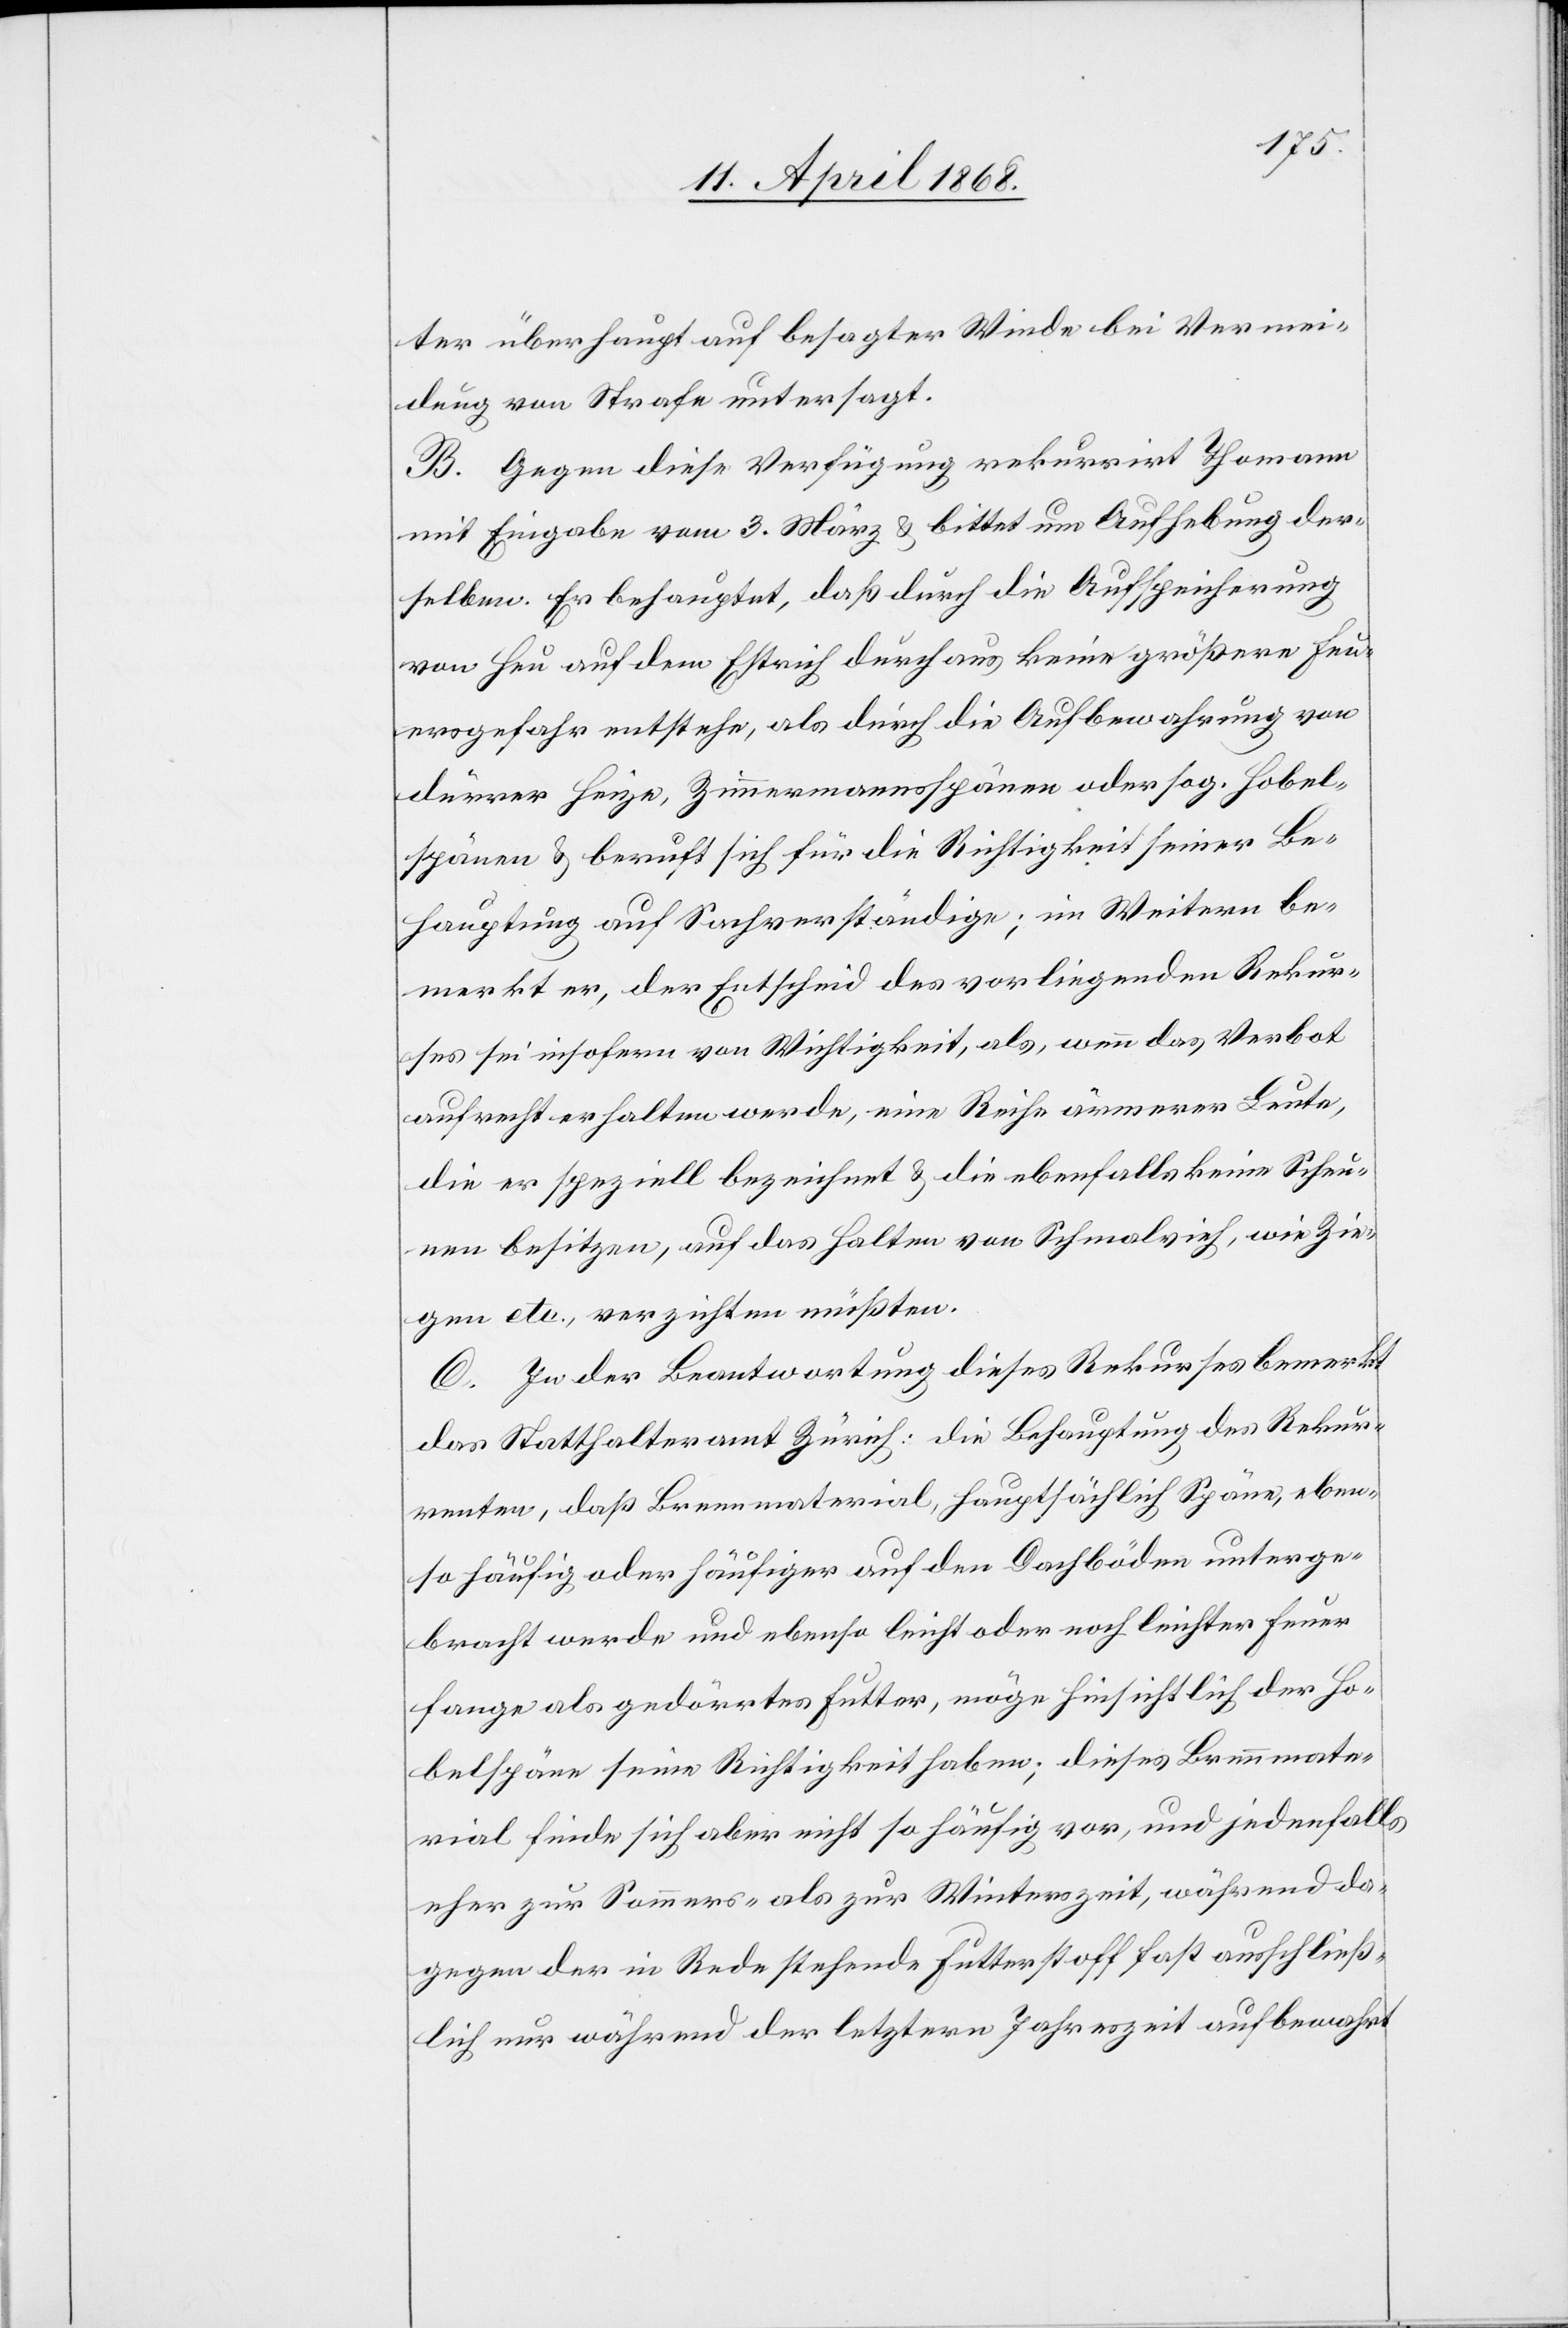
ter überhaupt auf besagter Winde bei Vermei¬
dung von Strafe untersagt.
B. Gegen diese Verfügung rekurrirt Thomann
mit Eingabe vom 3. März & bittet um Aufhebung der¬
selben. Er behauptet, daß durch die Aufspeicherung
von Heu auf dem Estrich durchaus keine größere Feu¬
ersgefahr entstehe, als durch die Aufbewahrung von
dürrer Heize, Zimmermannsspänen oder sog. Hobel¬
spänen & beruft sich für die Richtigkeit seiner Be¬
hauptung auf Sachverständige; im Weitern be¬
merkt er, der Entscheid des vorliegenden Rekur¬
ses sei insofern von Wichtigkeit, als, wenn das Verbot
aufrecht erhalten werde, eine Reihe ärmerer Leute,
die er speziell bezeichnet & die ebenfalls keine Scheu¬
nen besitzen, auf das Halten von Schmalvieh, wie Zie¬
gen etc., verzichten müßten.
C. In der Beantwortung dieses Rekurses bemerkt
das Statthalteramt Zürich: die Behauptung des Rekur¬
renten, daß Brennmaterial, hauptsächlich Späne, eben¬
so häufig oder häufiger auf den Dachböden unterge¬
bracht werde und ebenso leicht oder noch leichter Feuer
fange als gedörrtes Futter, möge hinsichtlich der Ho¬
belspäne seine Richtigkeit haben; dieses Brennmate¬
rial finde sich aber nicht so häufig vor, und jedenfalls
eher zur Sommers- als zur Winterszeit, während da¬
gegen der in Rede stehende Futterstoff fast ausschließ¬
lich nur während der letztern Jahreszeit aufbewahrt